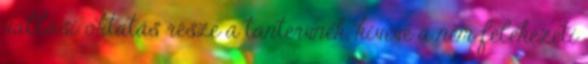
vallási oktatás része a tantervnek, kivéve a nem felekezeti